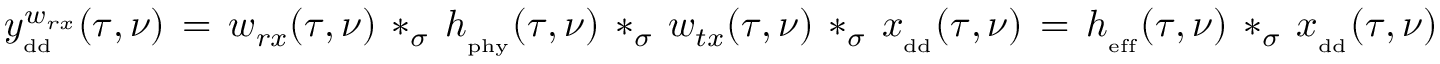
y _ { _ { \mathrm { \footnotesize { d d } } } } ^ { w _ { r x } } ( \tau , \nu ) \, = \, w _ { r x } ( \tau , \nu ) \, * _ { \sigma } \, h _ { _ { \mathrm { \scriptsize { p h y } } } } ( \tau , \nu ) \, * _ { \sigma } \, w _ { t x } ( \tau , \nu ) \, * _ { \sigma } \, x _ { _ { \mathrm { \footnotesize { d d } } } } ( \tau , \nu ) \, = \, h _ { _ { \mathrm { \scriptsize { e f f } } } } ( \tau , \nu ) \, * _ { \sigma } \, x _ { _ { \mathrm { \footnotesize { d d } } } } ( \tau , \nu )